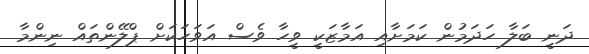
ދަނީ ބަލާ ހަދަމުން ކަމަށާއި އަމާޒަކީ ވީހާ ވެސް އަވަހަކަށް ޕްލޭންތައް ނިންމާ